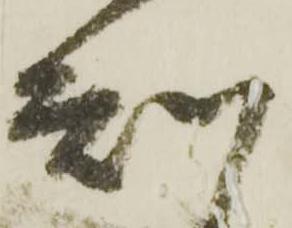
知